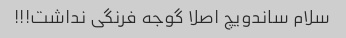
سلام ساندویچ اصلا گوجه فرنگی نداشت!!!